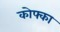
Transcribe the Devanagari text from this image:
कोफ्का